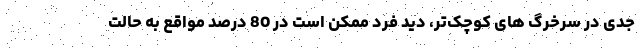
جدی در سرخرگ های کوچک‌تر، دید فرد ممکن است در 80 درصد مواقع به حالت